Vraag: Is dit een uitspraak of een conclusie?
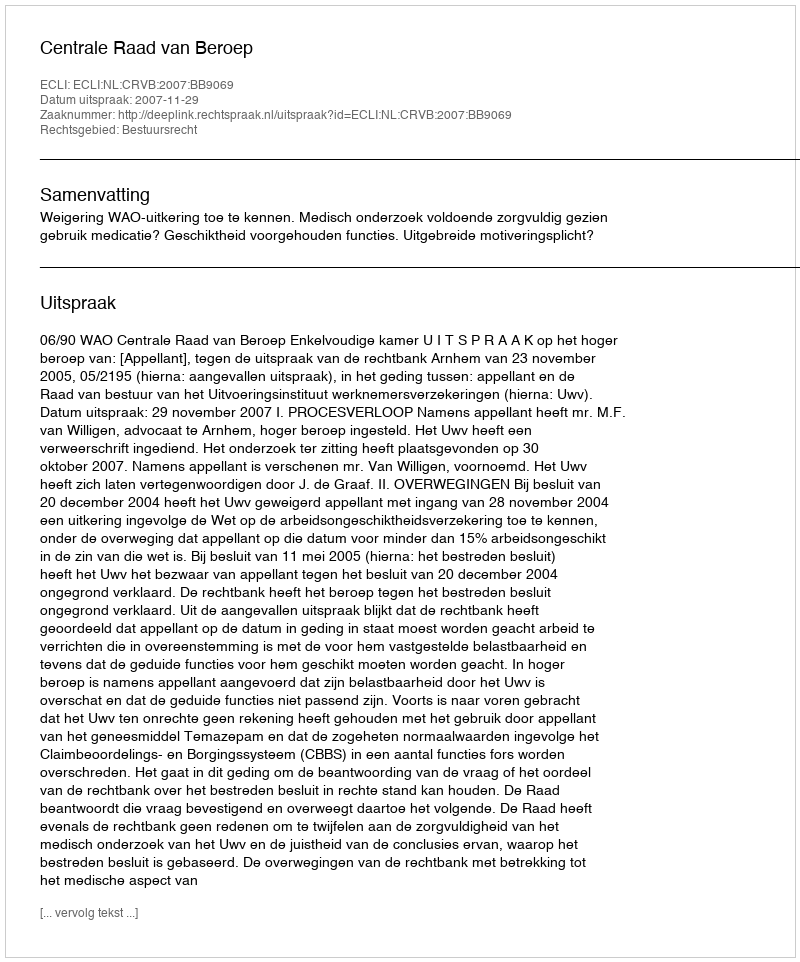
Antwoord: Uitspraak